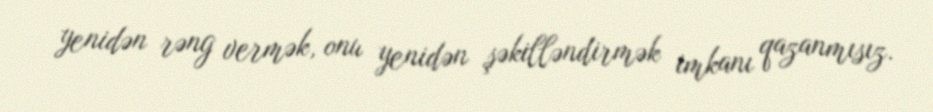
yenidən rəng vermək, onu yenidən şəkilləndirmək imkanı qazanmısız.